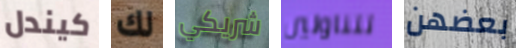
كيندل لك شريكي تتناولين بعضهن